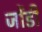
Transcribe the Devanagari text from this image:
जोंडी